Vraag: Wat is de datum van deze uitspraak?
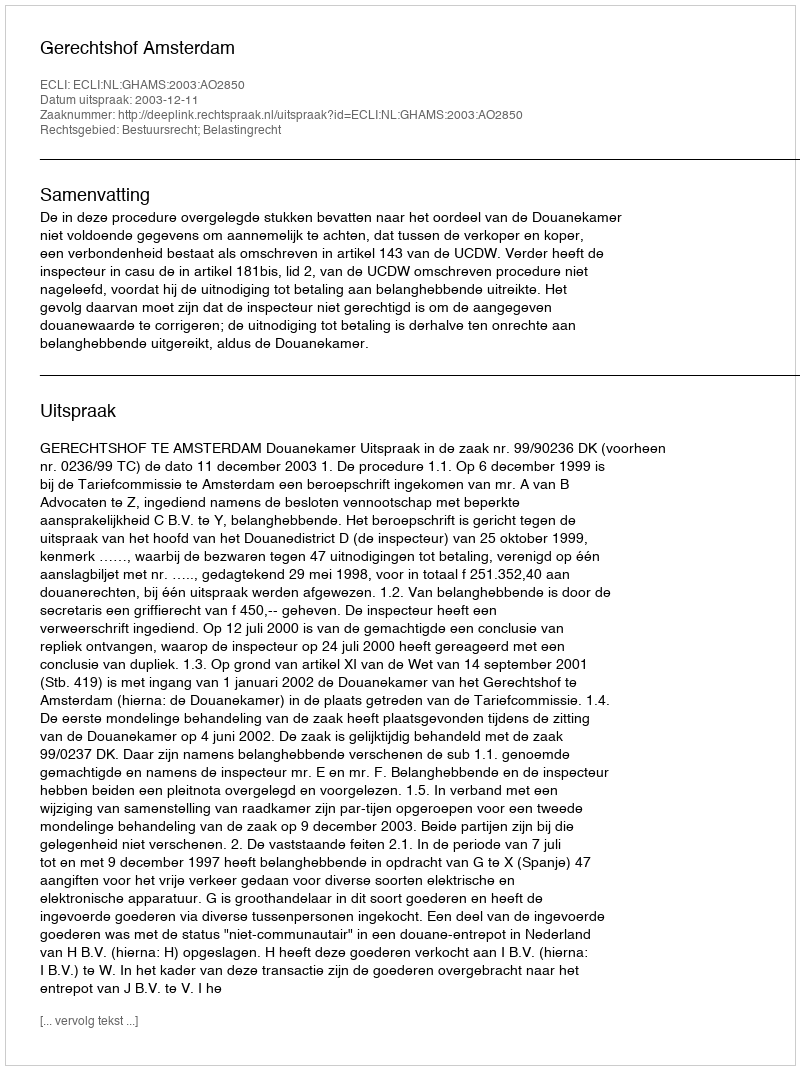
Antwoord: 2003-12-11